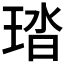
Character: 𤦊